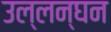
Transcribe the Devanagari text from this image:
उल्लन्घन